Report of the Indian Hemp Drugs Commission, 1894-1895 - Volume III
Year: 1894
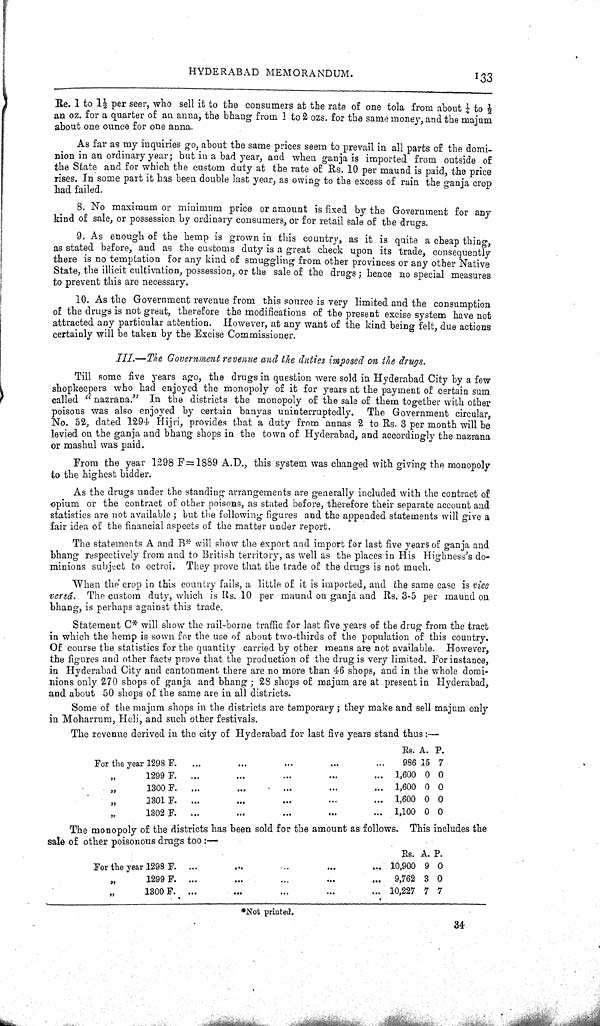
HYDERABAD MEMORANDUM.
133
Re. 1 to 11/2 per seer, who sell it to the consumers at the rate of one tola from about 1/4 to 1/2
an oz. for a quarter of an anna, the bhang from 1 to 2 ozs. for the same money, and the majum
about one ounce for one anna.
As far as my inquiries go, about the same prices seem to prevail in all parts of the domi-
nion in an ordinary year; but in a bad year, and when ganja is imported from outside of
the State and for which the custom duty at the rate of Rs. 10 per maund is paid, the price
rises. In some part it has been double last year, as owing to the excess of rain the ganja crop
had failed.
8. No maximum or minimum price or amount is fixed by the Government for any
kind of sale, or possession by ordinary consumers, or for retail sale of the drugs.
9. As enough of the hemp is grown in this country, as it is quite a cheap thing,
as stated before, and as the customs duty is a great check upon its trade, consequently
there is no temptation for any kind of smuggling from other provinces or any other Native
State, the illicit cultivation, possession, or the sale of the drugs; hence no special measures
to prevent this are necessary.
10. As the Government revenue from this source is very limited and the consumption
of the drugs is not great, therefore the modifications of the present excise system have not
attracted any particular attention. However, at any want of the kind being felt, due actions
certainly will be taken by the Excise Commissioner.
III.—The Government revenue and the duties imposed on the drugs.
Till some five years ago, the drugs in question were sold in Hyderabad City by a few
shopkeepers who had enjoyed the monopoly of it for years at the payment of certain sum
called "nazrana." In the districts the monopoly of the sale of them together with other
poisons was also enjoyed by certain banyas uninterruptedly. The Government circular,
No. 52, dated 1294 Hijri, provides that a duty from annas 2 to Rs. 3 per month will be
levied on the ganja and bhang shops in the town of Hyderabad, and accordingly the nazrana
or mashul was paid.
From the year 1298 F=1889 A.D., this system was changed with giving the monopoly
to the highest bidder.
As the drugs under the standing arrangements are generally included with the contract of
opium or the contract of other poisons, as stated before, therefore their separate account and
statistics are not available; but the following figures and the appended statements will give a
fair idea of the financial aspects of the matter under report.
The statements A and B* will show the export and import for last five years of ganja and
bhang respectively from and to British territory, as well as the places in His Highness's do-
minions subject to octroi. They prove that the trade of the drugs is not much.
When the crop in this country fails, a little of it is imported, and the same case is vice
versâ. The custom duty, which is Rs. 10 per maund on ganja and Rs. 3-5 per maund on
bhang, is perhaps against this trade.
Statement C* will show the rail-borne traffic for last five years of the drug from the tract
in which the hemp is sown for the use of about two-thirds of the population of this country.
Of course the statistics for the quantity carried by other means are not available. However,
the figures and other facts prove that the production of the drug is very limited. For instance,
in Hyderabad City and cantonment there are no more than 46 shops, and in the whole domi-
nions only 270 shops of ganja and bhang; 28 shops of majum are at present in Hyderabad,
and about 50 shops of the same are in all districts.
Some of the majum shops in the districts are temporary; they make and sell majum only
in Moharrum, Holi, and such other festivals.
The revenue derived in the city of Hyderabad for last five years stand thus:—
Rs. A. P.
For the year 1298 F.
986 15 7
"
1299 F.
1,600 0 0
"
1300 F.
1,600 0 0
"
1301 F.
1,600 0 0
"
1302 F.
1,100 0 0
The monopoly of the districts has been sold for the amount as follows. This includes the
sale of other poisonous drugs too:—
Rs. A. P.
For the year 1298 F.
10,900 9 0
"
1299 F.
9,762 3 0
"
1300 F.
10,227 7 7
*Not printed.
34